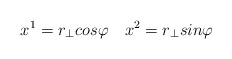
\begin{align*}x^1 =r_{\bot}cos\varphi\quad x^2=r_{\bot}sin\varphi \end{align*}